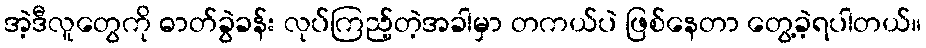
အဲ့ဒီလူတွေကို ဓာတ်ခွဲခန်း လုပ်ကြည့်တဲ့အခါမှာ တကယ်ပဲ ဖြစ်နေတာ တွေ့ခဲ့ရပါတယ်။